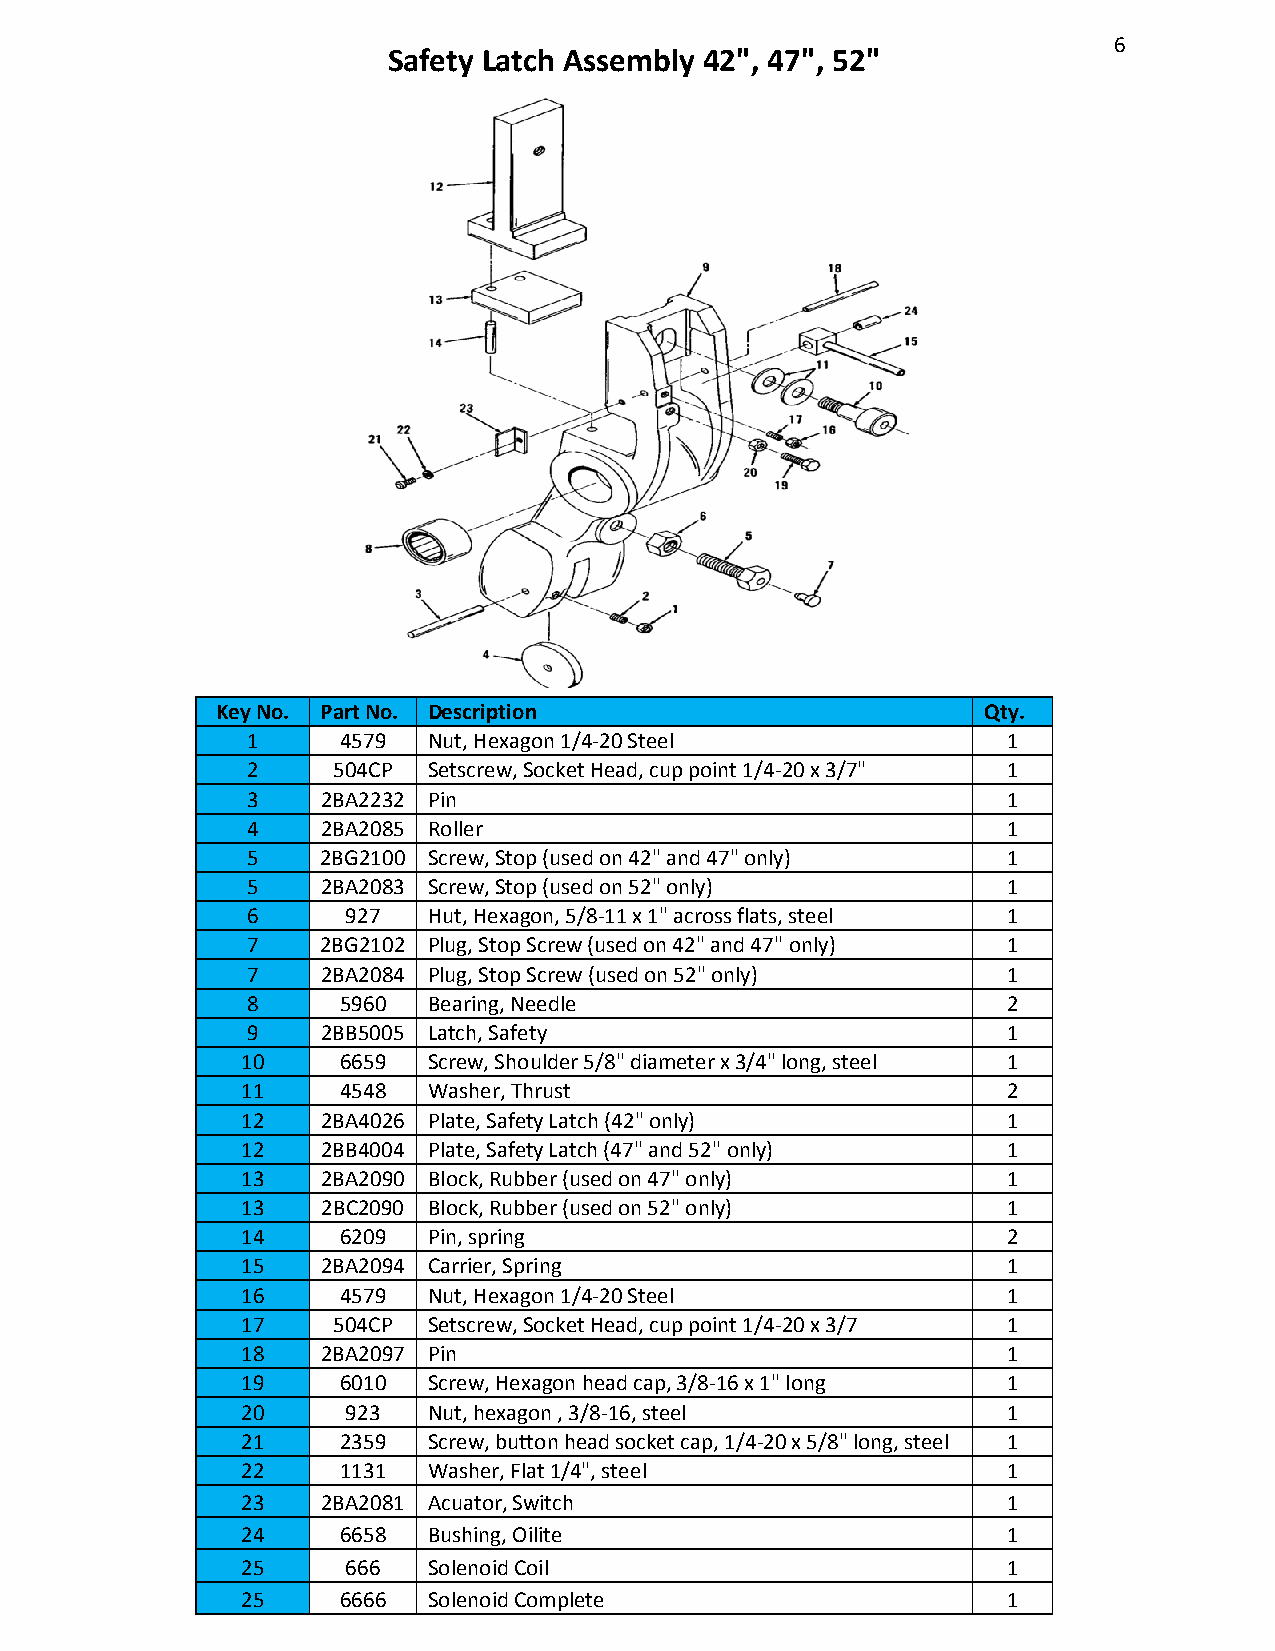
6
 Safety Latch Assembly 42", 47", 52"
 Key No. Part No. Description                       Qty.
 1     4579  Nut, Hexagon 1/4-20 Steel              1
 2     504CP Setscrew, Socket Head, cup point 1/4-20 x 3/7" 1
 3    2BA2232 Pin                                   1
 4    2BA2085 Roller                                1
 5    2BG2100 Screw, Stop (used on 42" and 47" only) 1
 5    2BA2083 Screw, Stop (used on 52" only)        1
 6      927  Hut, Hexagon, 5/8-11 x 1" across flats, steel 1
 7    2BG2102 Plug, Stop Screw (used on 42" and 47" only) 1
 7    2BA2084 Plug, Stop Screw (used on 52" only)   1
 8     5960  Bearing, Needle                        2
 9    2BB5005 Latch, Safety                         1
 10    6659  Screw, Shoulder 5/8" diameter x 3/4" long, steel 1
 11    4548  Washer, Thrust                         2
 12   2BA4026 Plate, Safety Latch (42" only)        1
 12   2BB4004 Plate, Safety Latch (47" and 52" only) 1
 13   2BA2090 Block, Rubber (used on 47" only)      1
 13   2BC2090 Block, Rubber (used on 52" only)      1
 14    6209  Pin, spring                            2
 15   2BA2094 Carrier, Spring                       1
 16    4579  Nut, Hexagon 1/4-20 Steel              1
 17    504CP Setscrew, Socket Head, cup point 1/4-20 x 3/7 1
 18   2BA2097 Pin                                   1
 19    6010  Screw, Hexagon head cap, 3/8-16 x 1" long 1
 20     923  Nut, hexagon , 3/8-16, steel           1
 21    2359  Screw, button head socket cap, 1/4-20 x 5/8" long, steel 1
 22    1131  Washer, Flat 1/4", steel               1
 23   2BA2081 Acuator, Switch                       1
 24    6658  Bushing, Oilite                        1
 25     666  Solenoid Coil                          1
 25    6666  Solenoid Complete                      1